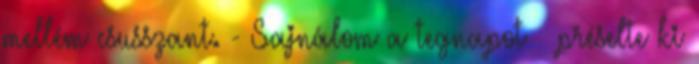
mellém csusszant. - Sajnálom a tegnapot – préselte ki